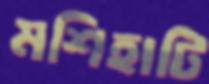
মশিহাটি